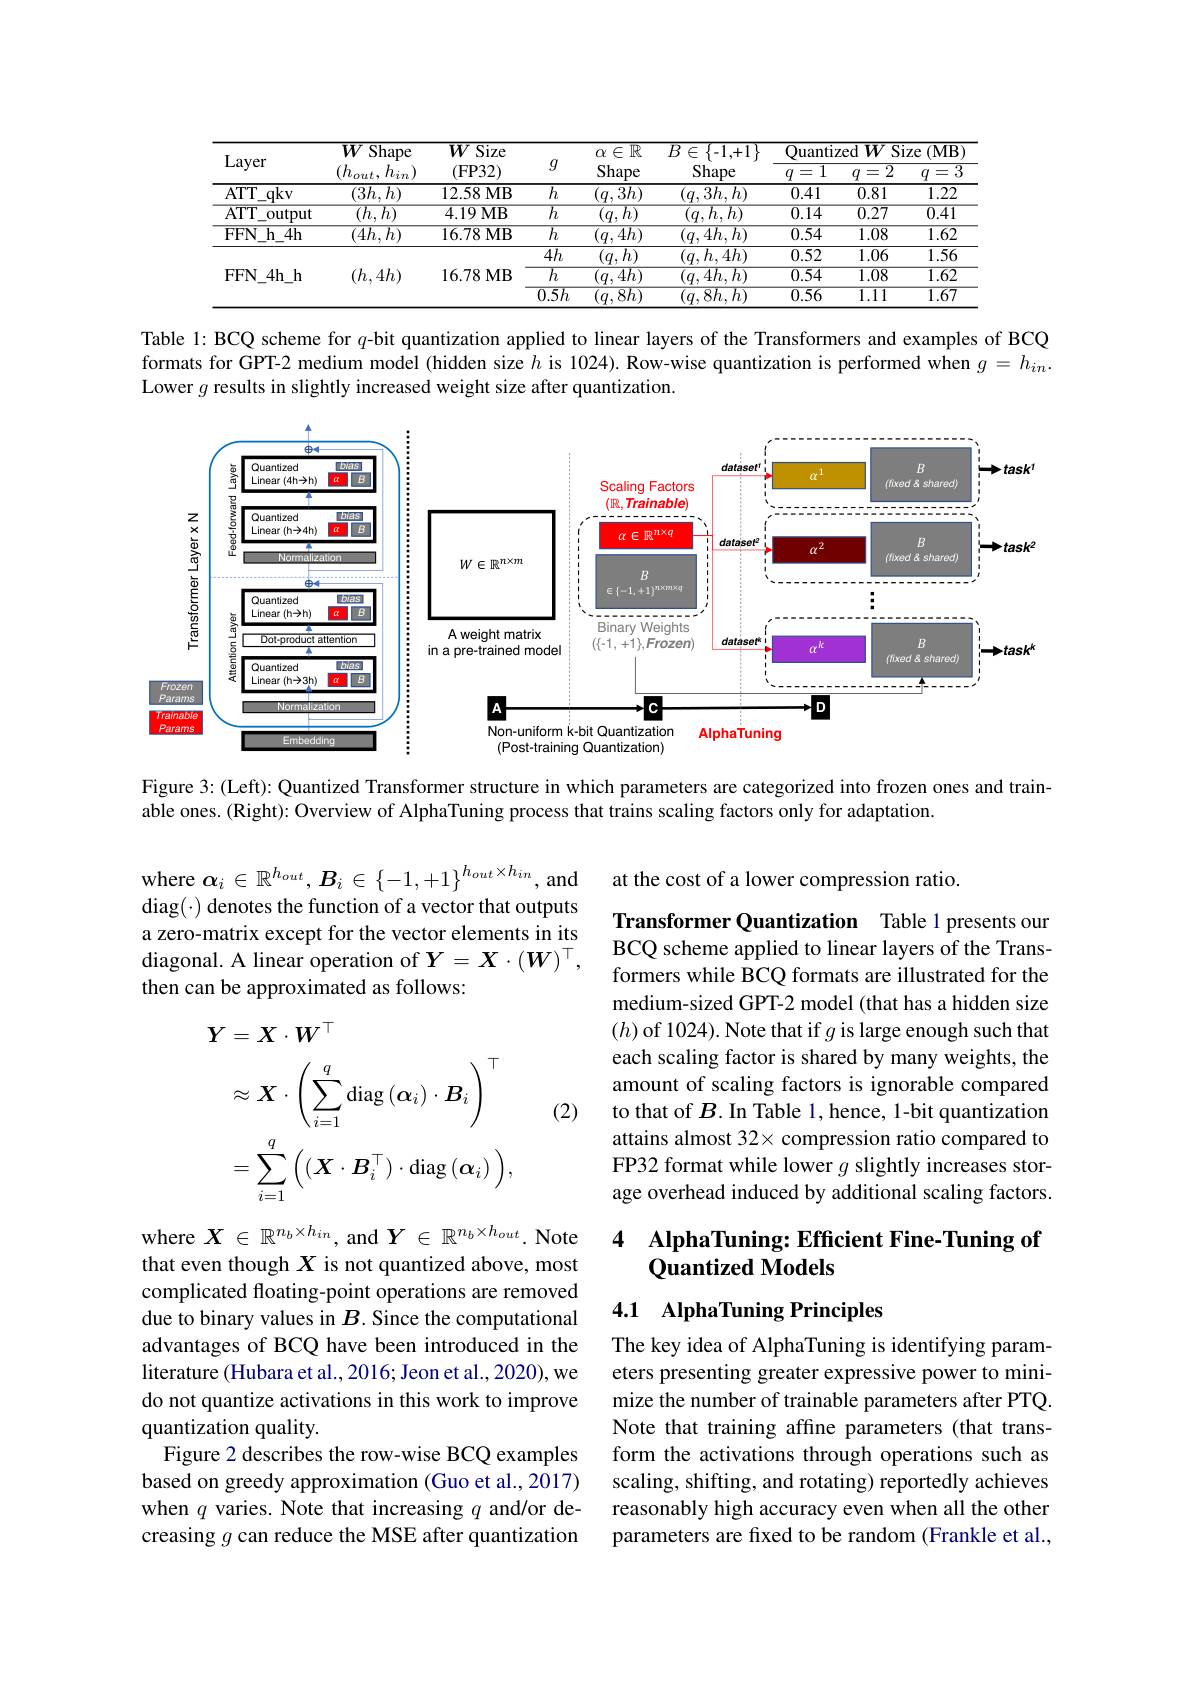
<table>
	<tbody>
		<tr>
			<th rowspan="3">Layer</th>
			<th rowspan="3">$\overline{W}:$ $\overline{\text{Shape}}$ $(h_{out}$, $,h_{in})$</th>
			<th rowspan="3">$\overline{W}$ $\overline{\mathrm{Size}}$ (FP32)</th>
			<th rowspan="3">$g$</th>
			<th rowspan="3">$\overline{\alpha\in\mathbb{R}}$ Shape</th>
			<th rowspan="3">${\overline{B\in\{-1,+1\}}}$ Shape</th>
			<th>$\overline{\text{Quanti}}$ 1 二</th>
			<th>$\overline{\mathrm{zed}WS}$ $\overline{=2}$</th>
			<th>$(\mathbf{MB}$ ize =. 3 T </th>
		</tr>
		<tr>
			<th>$\overline{\text{Quanti:}}$</th>
			<th>$\overline{\mathrm{zed}WS}$</th>
			<th>$(\mathbf{MB}$ $1Ze$</th>
		</tr>
		<tr>
			<th>1 $q$ 二</th>
			<th>2 $q$ =2</th>
			<th>$n$ =3</th>
		</tr>
		<tr>
			<td>$ATTT$ $\dot{}_{-}qkv$ </td>
			<td>$(3h,h)$</td>
			<td>12.58MB</td>
			<td>$\overline{h}$</td>
			<td>$(q,3h)$</td>
			<td>$(q,3h,h)$</td>
			<td>0.41</td>
			<td>0.81</td>
			<td>1.22</td>
		</tr>
		<tr>
			<td>$\overline{\mathrm{ATT}}$ output</td>
			<td>$\overline{(h,h)}$</td>
			<td>4.19MB</td>
			<td>$\overline{h}$</td>
			<td>$\overline{(q,h)}$</td>
			<td>$(q,h$, $,h)$</td>
			<td>$\overline{0.14}$</td>
			<td>$\overline{0.27}$</td>
			<td>$\overline{0.41}$</td>
		</tr>
		<tr>
			<td>$FFN$ $\underline{h_{-}4h}$ 11</td>
			<td>$\overline{(4h,h)}$</td>
			<td>16.78 MB</td>
			<td>$\overline{h}$</td>
			<td>$\overline{(q,4h)}$</td>
			<td>$\overline{(q,4h,h)}$</td>
			<td>$\overline{0.54}$</td>
			<td>$\overline{1.08}$</td>
			<td>1.62</td>
		</tr>
		<tr>
			<td rowspan="3">$FFN$ $4h_h$ $L$</td>
			<td> </td>
			<td> </td>
			<td>$\overline{4h}$</td>
			<td>$,h)$ $\langle q$,</td>
			<td>$(q,h,4h)$</td>
			<td>0.52</td>
			<td>1.06</td>
			<td>1.56</td>
		</tr>
		<tr>
			<td>$(h,4h)$</td>
			<td>16.78MB</td>
			<td>$\overline{h}$</td>
			<td>$\overline{(q,4h)}$</td>
			<td>$\overline{(q,4h,h)}$</td>
			<td>$\overline{0.54}$</td>
			<td>$\overline{1.08}$</td>
			<td>$\overline{1.62}$</td>
		</tr>
		<tr>
			<td> </td>
			<td> </td>
			<td>$\overline{0.5h}$</td>
			<td>$\overline{1,8h}$ 1</td>
			<td>$\overline{(q,8h,h)}$</td>
			<td>$\overline{0.56}$</td>
			<td>$\overline{1.11}$</td>
			<td>$\overline{1.67}$</td>
		</tr>
	</tbody>
</table>

Table 1: BCQ scheme for $q$-bit quantization applied to linear layers of the Transformers and examples of BCQ formats for GPT-2 medium model (hidden size $h$ is 1024). Row-wise quantization is performed when $g=h_{in}.$ Lower $g$ results in slightly increased weight size after quantization.

<FigureHere>

Figure 3: (Left): Quantized Transformer structure in which parameters are categorized into frozen ones and train-

able ones. (Right): Overview of AlphaTuning process that trains scaling factors only for adaptation.

at the cost of a lower compression ratio.

where $\boldsymbol{\alpha}_i\in\mathbb{R}^{h_{out}},\boldsymbol{B}_{i}\in\{-1,+1\}^{h_{out}\times h_{in}}$,and $diag(\cdot) denotes the function of a vector that outputs$ a zero-matrix except for the vector elements in its diagonal. A linear operation of $Y=X\cdot(W)^\top$, then can be approximated as follows:

Transformer Quantization Table 1 presents our BCQ scheme applied to linear layers of the Transformers while BCQ formats are illustrated for the medium-sized GPT-2 model (that has a hidden size $(h)$ of 1024). Note that if $g$ is large enough such that each scaling factor is shared by many weights, the amount of scaling factors is ignorable compared to that of $B.$ In Table 1, hence, 1-bit quantization attains almost 32× compression ratio compared to FP32 format while lower $g$ slightly increases storage overhead induced by additional scaling factors.
$$\begin{aligned}\boldsymbol{Y}&=\boldsymbol{X}\cdot\boldsymbol{W}^\top\\&\approx\boldsymbol{X}\cdot\left(\sum_{i=1}^q\operatorname{diag}\left(\boldsymbol{\alpha}_i\right)\cdot\boldsymbol{B}_i\right)^\top\\&=\sum_{i=1}^q\Big((\boldsymbol{X}\cdot\boldsymbol{B}_i^\top)\cdot\operatorname{diag}\left(\boldsymbol{\alpha}_i\right)\Big),\end{aligned}$$
(2)

## 4 AlphaTuning: Efficient Fine-Tuning of Quantized Models

## 4.1 AlphaTuning Principles

where $X\in\mathbb{R}^{n_b\times h_{in}}$, and $Y\in\mathbb{R}^{n_b\times h_{out}}.$ Note that even though $X$ is not quantized above, most complicated floating-point operations are removed due to binary values in $B$. Since the computational advantages of BCQ have been introduced in the literature (Hubara et al., 2016; Jeon et al., 2020), we do not quantize activations in this work to improve quantization quality.
Figure 2 describes the row-wise BCQ examples based on greedy approximation (Guo et al., 2017) when $q$ varies. Note that increasing $q$ and/or decreasing $g$ can reduce the MSE after quantization

The key idea of AlphaTuning is identifying parameters presenting greater expressive power to minimize the number of trainable parameters after PTQ. Note that training affine parameters (that transform the activations through operations such as scaling, shifting, and rotating) reportedly achieves reasonably high accuracy even when all the other parameters are fixed to be random (Frankle et al.,